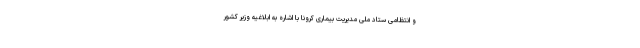
و انتظامی ستاد ملی مدیریت بیماری کرونا با اشاره به ابلاغیه وزیر کشور